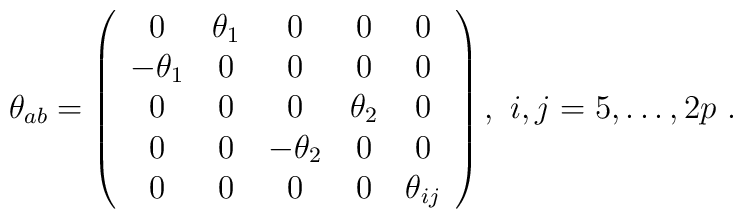
\theta_{ab}=\left(\begin{array}{ccccc}0 & \theta_1 & 0 & 0 & 0 \\-\theta_1 & 0 & 0 & 0 & 0 \\0 & 0 & 0 & \theta_2 & 0 \\0 & 0 & -\theta_2 & 0 & 0 \\0 & 0 & 0 & 0 & \theta_{ij} \\ \end{array}\right) ,\ i, j=5,\dots, 2p  \ .